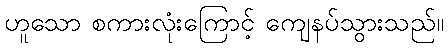
ဟူသော စကားလုံးကြောင့် ကျေနပ်သွားသည်။